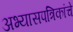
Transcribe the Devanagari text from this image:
अभ्यासपत्रिकांचे